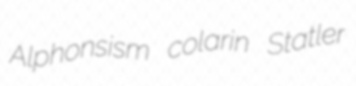
Alphonsism colarin Statler